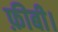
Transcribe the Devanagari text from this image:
फ़ीबी।